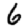
Digit: 6